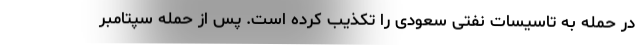
در حمله به تاسیسات نفتی سعودی را تکذیب کرده است. پس از حمله سپتامبر